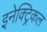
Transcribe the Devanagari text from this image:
इनेक्‍ट्रिकल